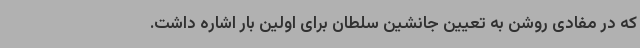
که در مفادی روشن به تعیین جانشین سلطان برای اولین بار اشاره داشت.